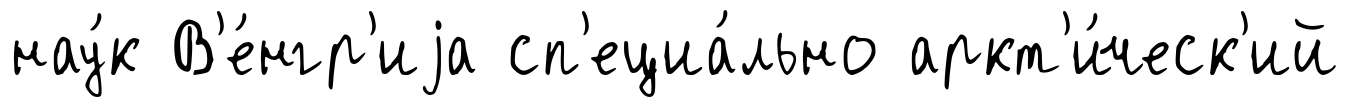
нау́к В'е́нгр'иjа сп'ециа́льно аркт'и́ческ'ий